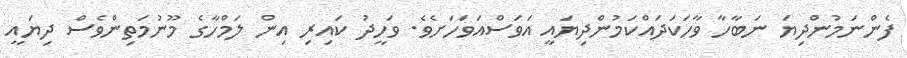
ފެންނަމުންދިޔަ ނަބާހާ ވާހަކަދައްކަމުންދިޔައީ އަވަސްއަވަހަށެވެ. ވަހީދު ކައިރި އިން ލަމްހާގެ މޫނުމަތިންވެސް ދިޔައީ